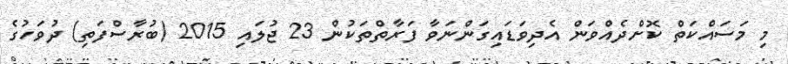
މި މަސައްކަތް ކޮށްދެއްވަން އެދިވަޑައިގަންނަވާ ފަރާތްތަކުން 23 ޖުލައި 2015 (ބުރާސްފަތި) ދުވަހުގެ